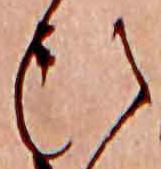
ひ